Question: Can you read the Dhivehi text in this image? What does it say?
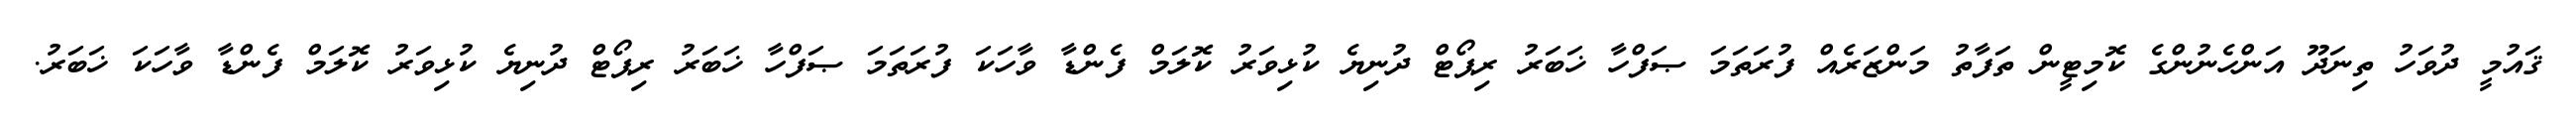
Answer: ޤައުމީ ދުވަހު ތިނަދޫ އަންހެނުންގެ ކޮމިޓީން ތަފާތު މަންޒަރެއް ފުރަތަމަ ޞަފްހާ ޚަބަރު ރިޕޯޓް ދުނިޔެ ކުޅިވަރު ކޮލަމް ފެންޑާ ވާހަކަ ފުރަތަމަ ޞަފްހާ ޚަބަރު ރިޕޯޓް ދުނިޔެ ކުޅިވަރު ކޮލަމް ފެންޑާ ވާހަކަ ޚަބަރު.